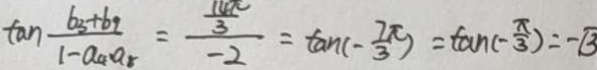
\tan \frac { b _ { 3 } + b _ { 9 } } { 1 - a _ { 4 } a _ { 5 } } = \frac { \frac { 1 4 \pi } { 3 } } { - 2 } = \tan ( - \frac { 7 \pi } { 3 } ) = \tan ( \frac { - \pi } { 3 } ) = - \sqrt { 3 }